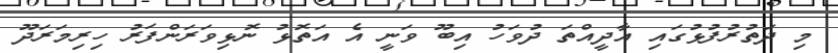
މި ދަތުރުފުޅުގައި އާދީއްތަ ދުވަހު އިބޫ ވަނީ އެ އަތޮޅު ނޮޅިވަރަންފަރު ހިރިމަރަދޫ